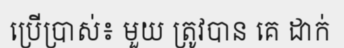
ប្រើប្រាស់៖ មួយ ត្រូវបាន គេ ដាក់